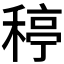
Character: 𥠣